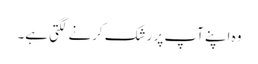
وہ اپنے آپ پر رشک کرنے لگتی ہے۔